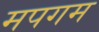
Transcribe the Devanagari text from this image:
मपगम